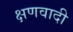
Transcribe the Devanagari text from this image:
क्षणवादी